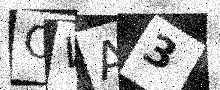
Text: OWA3